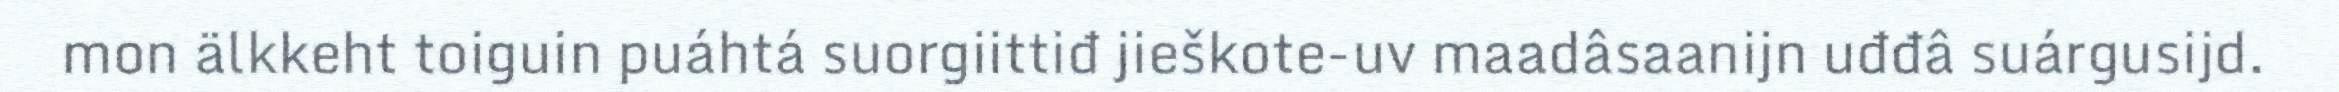
mon älkkeht toiguin puáhtá suorgiittiđ jieškote-uv maadâsaanijn uđđâ suárgusijd.